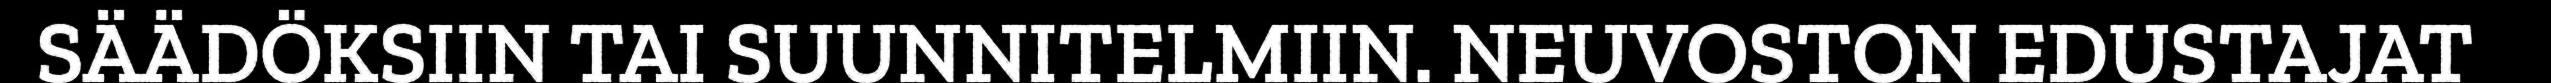
SÄÄDÖKSIIN TAI SUUNNITELMIIN. NEUVOSTON EDUSTAJAT